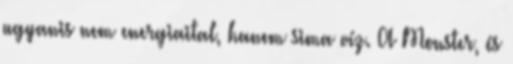
ugyanis nem energiaital, hanem sima víz. A Monster, és